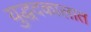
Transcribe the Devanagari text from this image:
युद्धदकालात